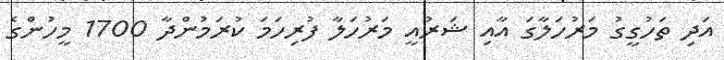
އަދި ތަހުގީގު މަރުހަލާގަ އާއި ޝަރުއީ މަރުހަލާ ފުރިހަމަ ކުރަމުންދާ 1700 މީހުންގެ